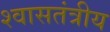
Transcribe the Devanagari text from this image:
श्वासतंत्रीय